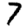
Digit: 7